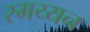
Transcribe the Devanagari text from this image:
रमय्यन